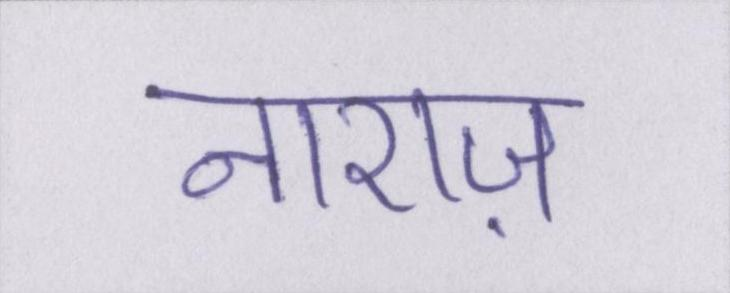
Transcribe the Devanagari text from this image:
नाराज़